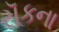
રૉકના